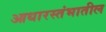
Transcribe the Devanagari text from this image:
आधारस्तंभातील